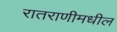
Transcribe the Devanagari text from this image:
रातराणीमधील